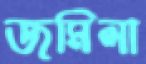
জমিলা